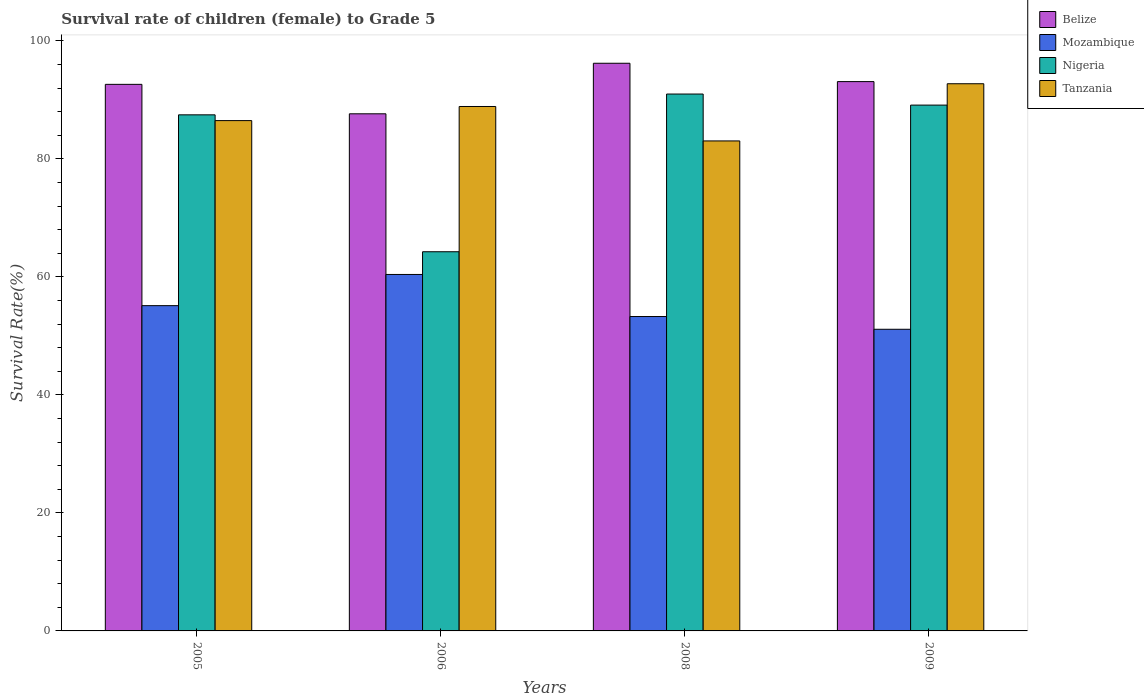
| Years | Belize | Mozambique | Nigeria | Tanzania |
 | --- | --- | --- | --- | --- |
 | 2005 | 92.6 | 55.1 | 87.5 | 86.5 |
 | 2006 | 87.6 | 60.4 | 64.3 | 88.9 |
 | 2008 | 96.2 | 53.3 | 91 | 83 |
 | 2009 | 93.1 | 51.1 | 89.1 | 92.7 |